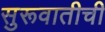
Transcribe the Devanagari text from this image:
सुरूवातीची